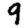
Digit: 9